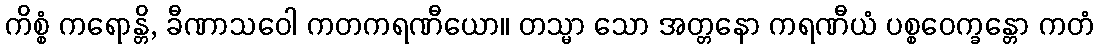
ကိစ္စံ ကရောန္တိ, ခီဏာသဝေါ ကတကရဏီယော။ တသ္မာ သော အတ္တနော ကရဏီယံ ပစ္စဝေက္ခန္တော ကတံ